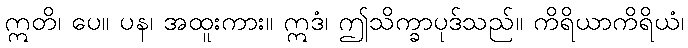
ဣတိ၊ ပေ။ ပန၊ အထူးကား။ ဣဒံ၊ ဤသိက္ခာပုဒ်သည်။ ကိရိယာကိရိယံ၊